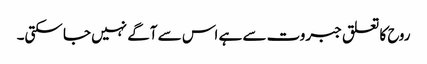
روح کا تعلق جبروت سے ہے اس سے آگے نہیں جا سکتی۔